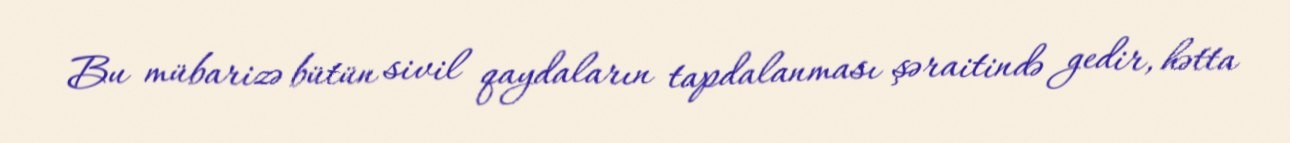
Bu mübarizə bütün sivil qaydaların tapdalanması şəraitində gedir, hətta